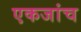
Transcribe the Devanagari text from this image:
एकजांच